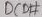
Text: DCD#